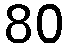
80